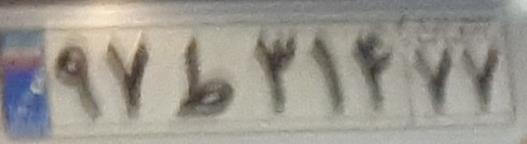
۹۷ط۳۱۴۷۷